Trukikaitis_Postimees, lk 37
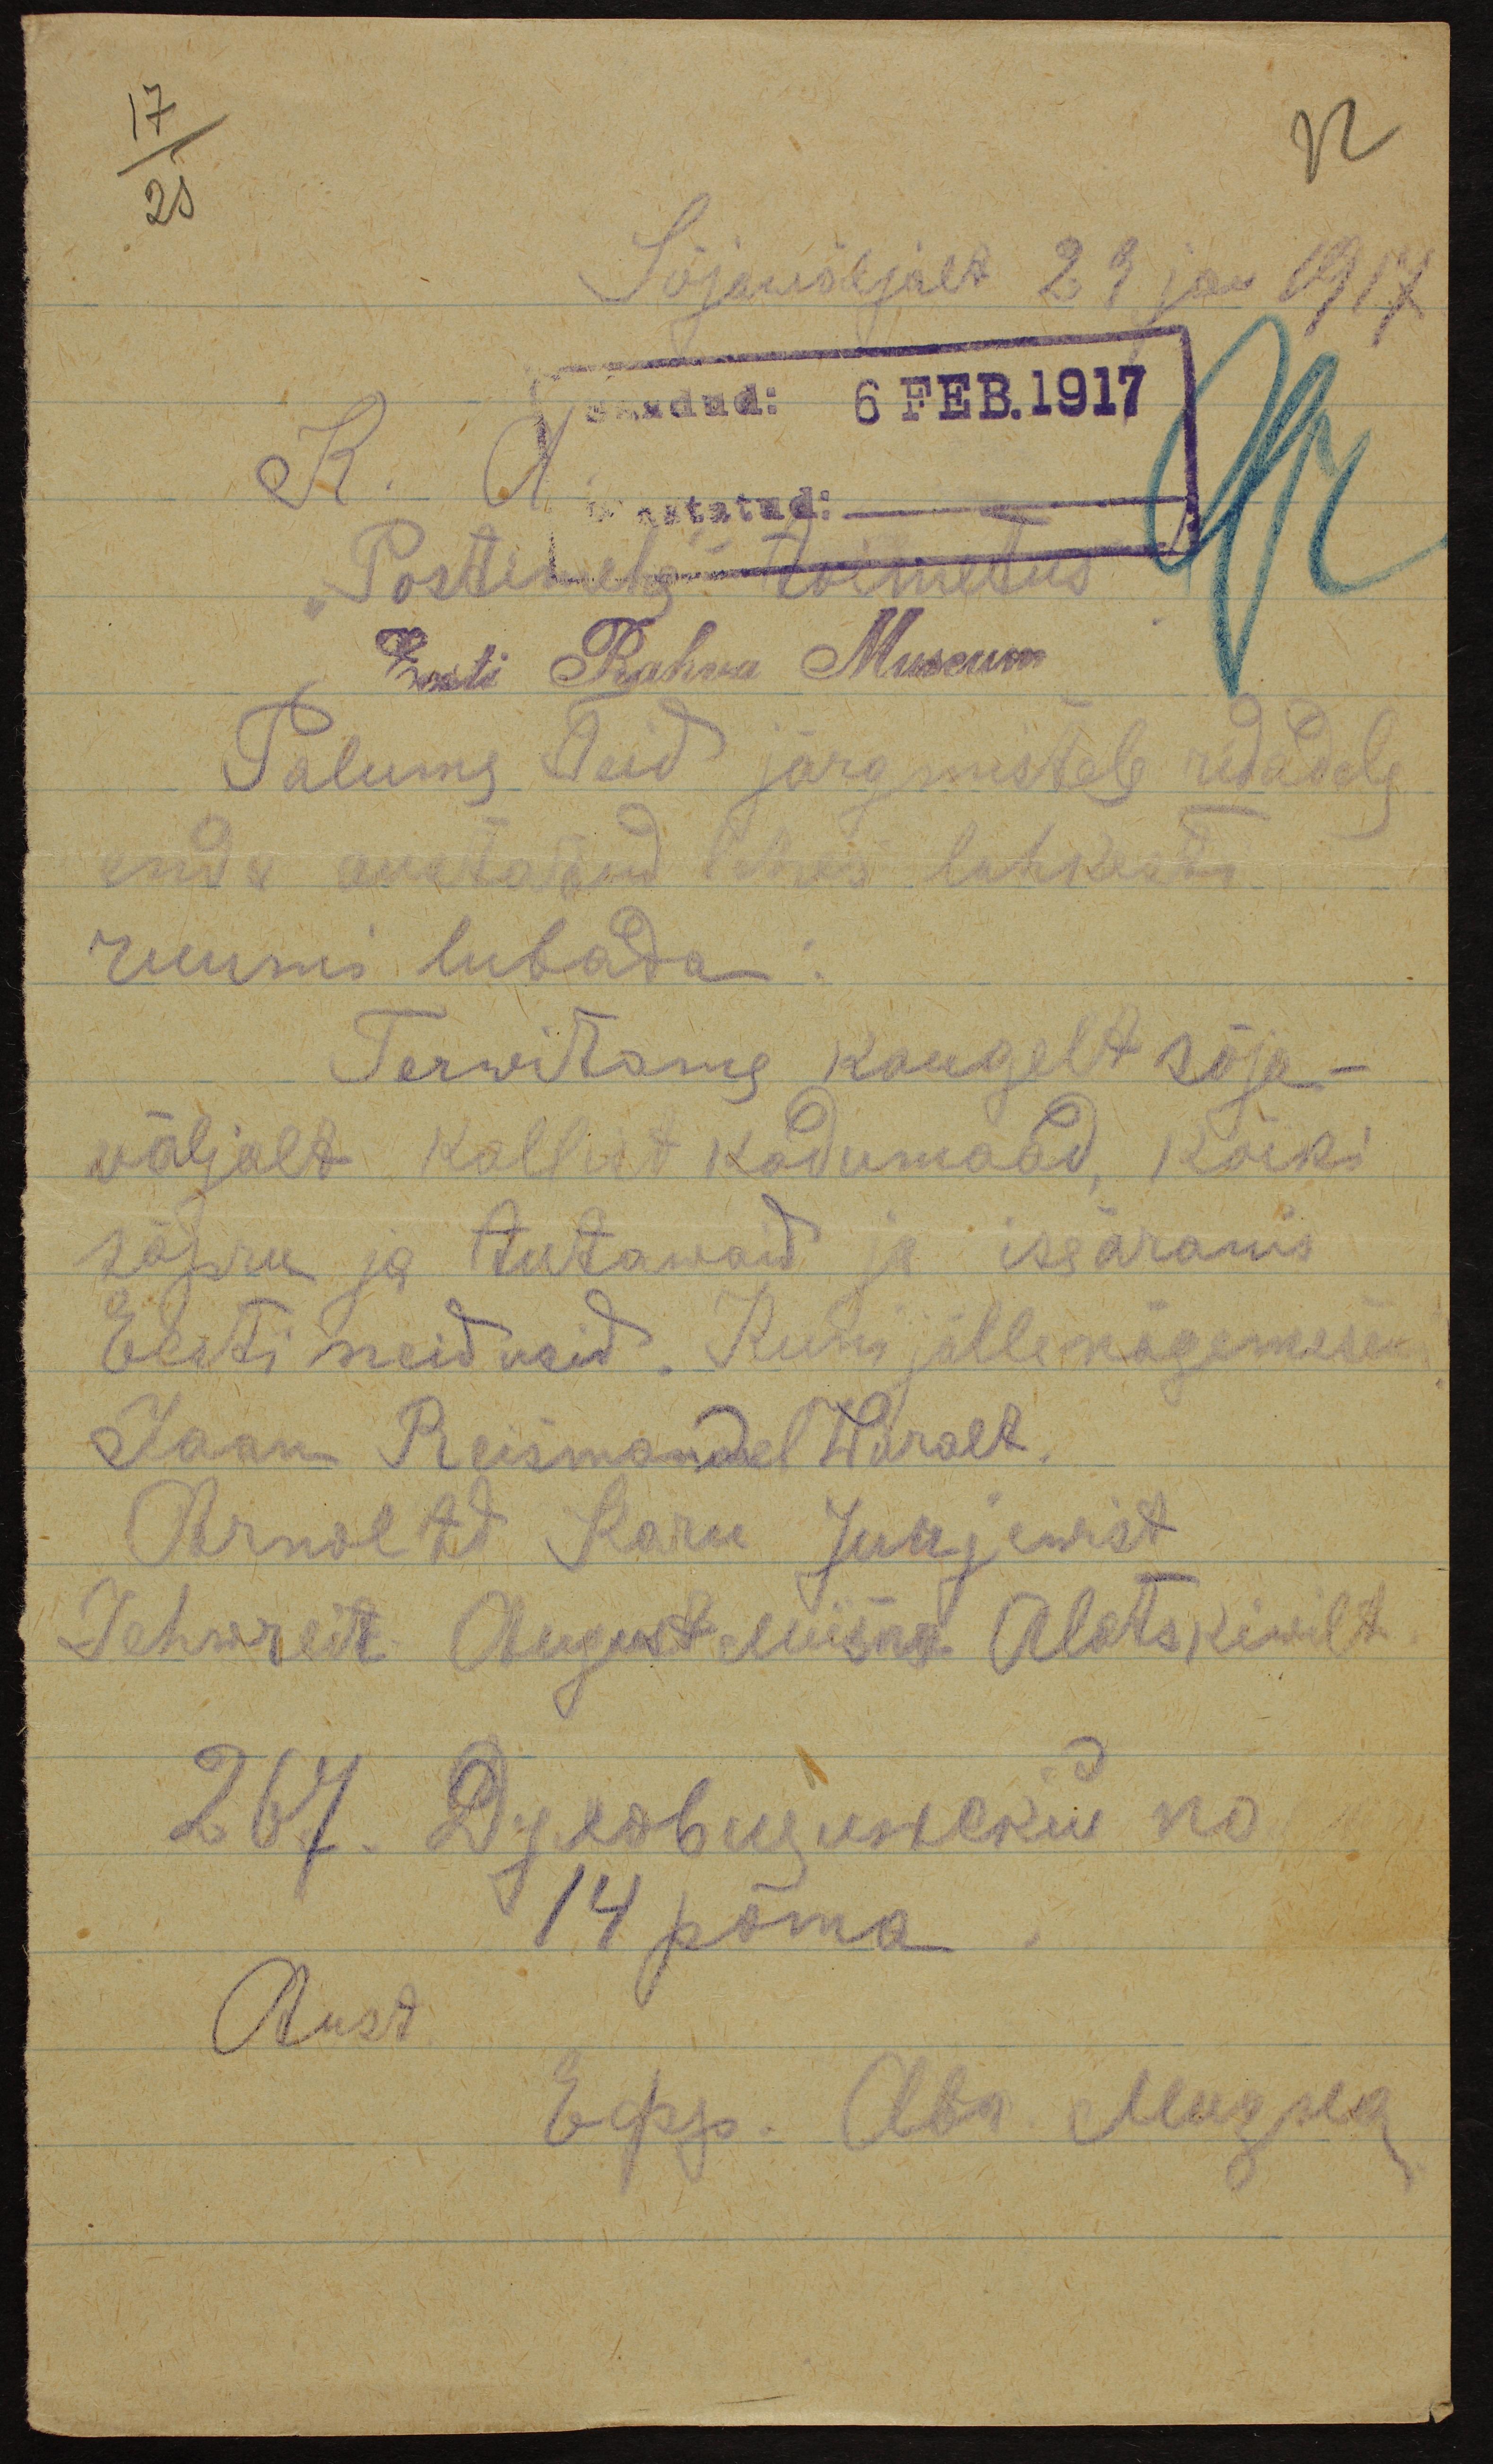
Sõjawäljalt 29 jan 1917
saadud: 6 Feb. 1917
K. A.
Postimehe toimetus
Eesti Rahva Museum
Palume Teid järgmistele ridadele
anda avatatud lehes lahkesti
ruumi lubada.
Terwitama kaugelt sõja-
väljalt kallist kodumaad, kõiki
sõpru ja tutawaid ja iseäranis
Eesti neidusid. Kuni jälle nägemises
Jaan Reismandel Wäralt
Armstet Karu Jurjewist
Tehwerelt August Miisa Aletskiwilt
Aust